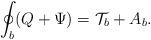
LaTeX: \begin{align*}\oint_{b} (Q+\Psi) = {\cal T}_{b} + A_{b}.\end{align*}